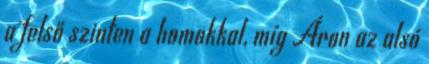
a felső szinten a homokkal, míg Áron az alsó